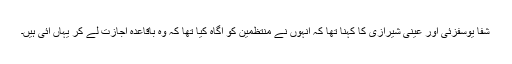
شفا یوسفزئی اور عینی شیرازی کا کہنا تھا کہ انہوں نے منتظمین کو آگاہ کیا تھا کہ وہ باقاعدہ اجازت لے کر یہاں آئی ہیں۔